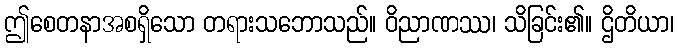
ဤစေတနာအစရှိသော တရားသဘောသည်။ ဝိညာဏဿ၊ သိခြင်း၏။ ဌိတိယာ၊